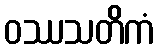
ဝဿသတိကံ